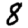
Digit: 8